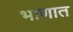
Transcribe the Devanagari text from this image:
भाणात